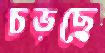
চড়ছে